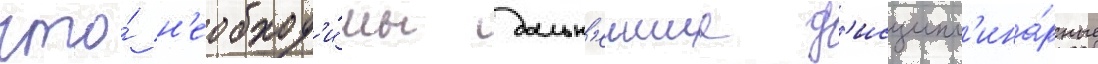
что́ н'еобход'и́мы дальн'еишие д'исципл'ина́рные